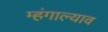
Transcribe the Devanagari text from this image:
म्हंगाल्याव